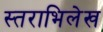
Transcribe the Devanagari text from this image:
स्तराभिलेख